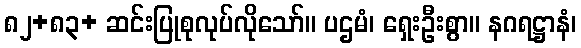
၈၂+၈၃+ ဆင်းပြုစုလုပ်လိုသော်။ ပဌမံ၊ ရှေးဦးစွာ။ နဂရဋ္ဌာနံ၊